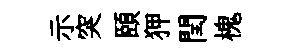
示突頤狎閏槐